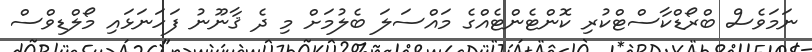
ނަމަވެސް ބްރޯޑްކާސްޓްކުރި ކޮންޓެންޓެއްގެ މައްސަލަ ބެލުމަށް މި ދެ ޤާނޫނު ފަހަނަޅައި މޯލްޑިވްސް